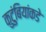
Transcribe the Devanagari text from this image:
कुटुंबियांकडे